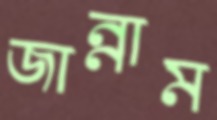
জান্নাম